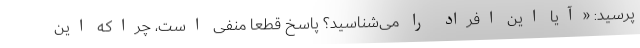
پرسید: «آیا این افراد را می‌شناسید؟ پاسخ قطعاً منفی است، چراکه این